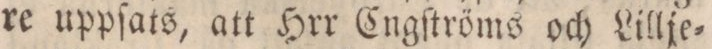
re uppſats, att Hrr Engſtröms och Lillje=